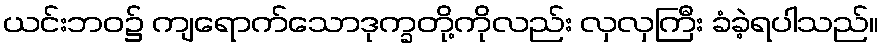
ယင်းဘဝ၌ ကျရောက်သောဒုက္ခတို့ကိုလည်း လှလှကြီး ခံခဲ့ရပါသည်။